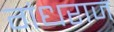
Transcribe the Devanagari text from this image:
गंधराज